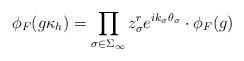
LaTeX: \begin{align*}\phi_F (g \kappa_h) = \prod_{\sigma \in \Sigma_\infty} z_\sigma^r e^{i k_\sigma \theta_\sigma} \cdot \phi_F (g)\end{align*}